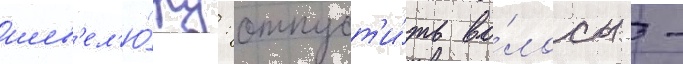
шев'ел'ю́ру: отпуст'и́ть во́лосы -